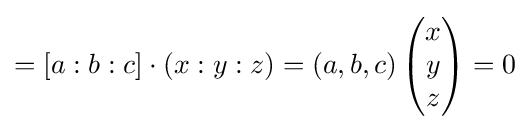
=[a:b:c]\cdot (x:y:z)=(a,b,c)\left({\begin{matrix}x\\y\\z\end{matrix}}\right)=0